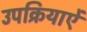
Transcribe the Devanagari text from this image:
उपक्रियाऐं